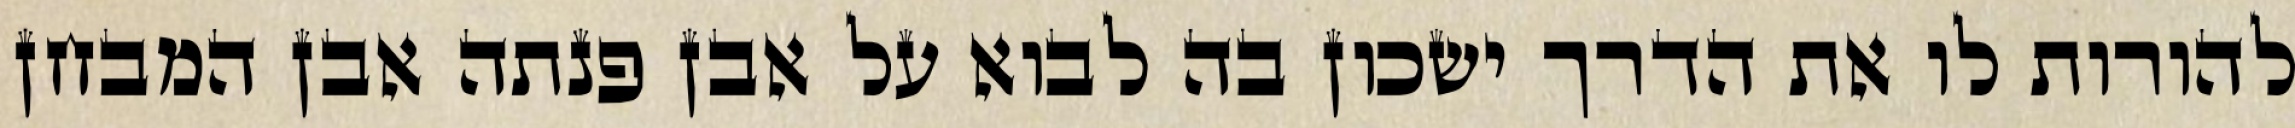
להורות לו את הדרך ישכון בה לבוא על אבן פנתה אבן המבחן